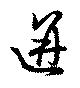
迸